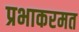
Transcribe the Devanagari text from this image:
प्रभाकरमत